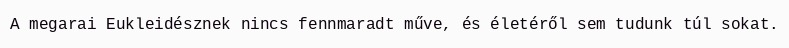
A megarai Eukleidésznek nincs fennmaradt műve, és életéről sem tudunk túl sokat.